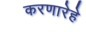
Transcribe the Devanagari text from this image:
करणारेहे